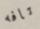
تافه